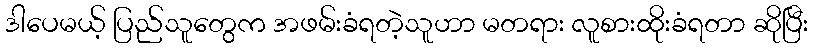
ဒါပေမယ့် ပြည်သူတွေက အဖမ်းခံရတဲ့သူဟာ မတရား လူစားထိုးခံရတာ ဆိုပြီး